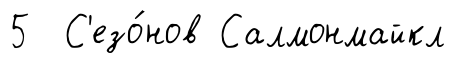
5 С'езо́нов Салмонмайкл